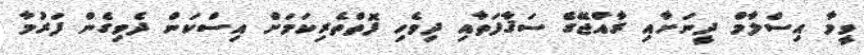
ވީމާ އިސްލާމް ދީނަށާއި ރާއްޖޭގެ ސަޤާފަތާއި ދިވެހި ފޮތްތެރިކަމަށް އިސްކަން ދެވިގެން ފަރުމާ